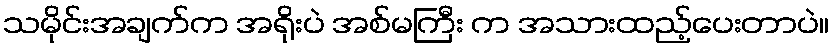
သမိုင်းအချက်က အရိုးပဲ အစ်မကြီး က အသားထည့်ပေးတာပဲ။